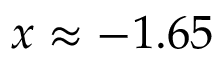
x \approx - 1 . 6 5